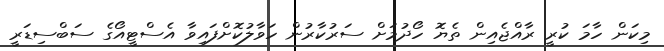
މިކަން ހާމަ ކުރީ ރާއްޖެއިން ތެޔޮ ހޯދުމަށް ސަރުކާރުން ހަވާލުކޮށްފައިވާ އެސްޓީއޯގެ ސަބްސިޑަރީ